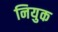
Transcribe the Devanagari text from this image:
नियुक